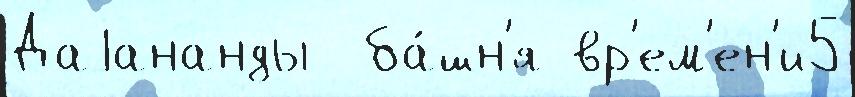
Даjананды  ба́шн'я вр'ем'ен'и5